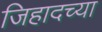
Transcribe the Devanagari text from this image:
जिहादच्या